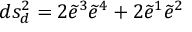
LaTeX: d s _ { d } ^ { 2 } = 2 \widetilde e ^ { 3 } \widetilde e ^ { 4 } + 2 \widetilde e ^ { 1 } \widetilde e ^ { 2 }